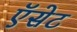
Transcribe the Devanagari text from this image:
ऍसेट